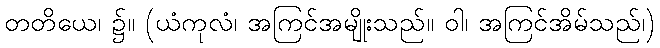
တတိယေ၊ ၌။ (ယံကုလံ၊ အကြင်အမျိုးသည်။ ဝါ၊ အကြင်အိမ်သည်၊)